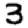
Digit: 3